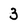
Character: 3